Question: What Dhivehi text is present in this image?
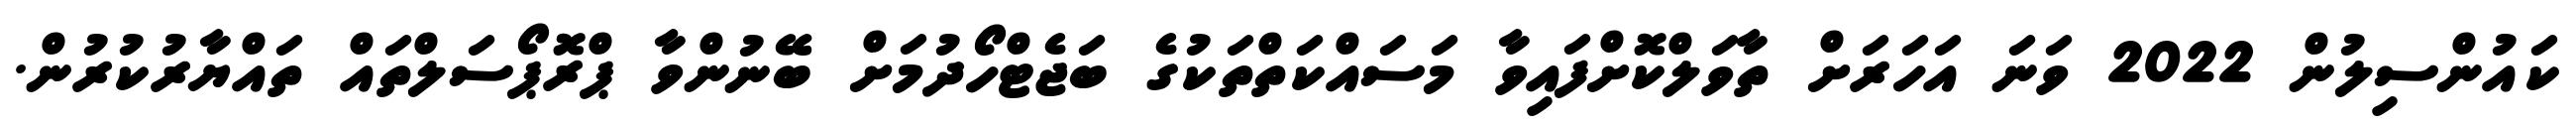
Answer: ކައުންސިލުން 2022 ވަނަ އަހަރަށް ތާވަލްކޮށްފައިވާ މަސައްކަތްތަކުގެ ބަޖެޓްހޯދުމަށް ބޭނުންވާ ޕްރޮޕޯސަލްތައް ތައްޔާރުކުރުން.